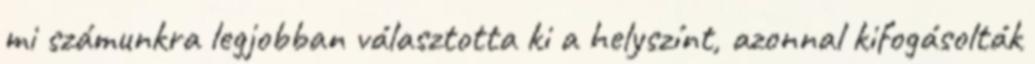
mi számunkra legjobban választotta ki a helyszínt, azonnal kifogásolták